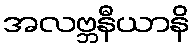
အလဗ္ဘနီယာနိ